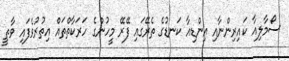
ސޯމާލިއާ ކައިރިންނާއި އިންޑިއާ ކަނޑުގެ ތެރޭގައި ފޭރޭ މީހުންގެ ހަރަކާތްތައް އިތުރުވެފައި ވާތީ